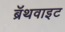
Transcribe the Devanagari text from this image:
ब्रॅथवाइट